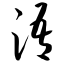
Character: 浯